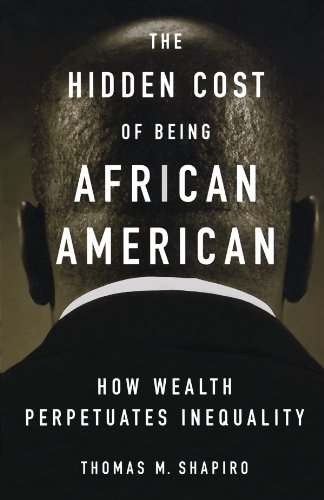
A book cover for The Hidden Cost of Being African American: How Wealth Perpetuates Inequality; Thomas M. Shapiro; Business & Money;